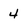
Character: 4